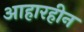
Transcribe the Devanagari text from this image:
आहारहीन